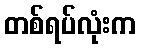
တစ်ရပ်လုံးက